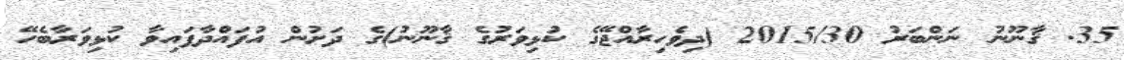
35. ޤާނޫނު ނަންބަރު 2015/30 (ދިވެހިރާއްޖޭގެ ކުޅިވަރުގެ ޤާނޫނު)ގެ ދަށުން އުފައްދާފައިވާ ކުޅިވަރާބެހޭ